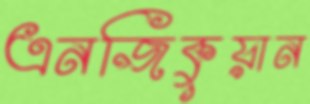
এনজিকুয়ান